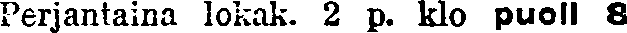
Perjantaina lokak. 2 p. klo puoll 8